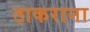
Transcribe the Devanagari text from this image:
ठाकराना